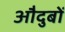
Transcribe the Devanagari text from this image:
औदुबों